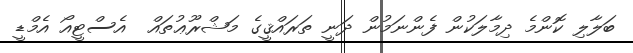
ބަލާލި ކޮންމެ ދިމާލަކުން ފެންނަމުން ދަނީ ތަރައްޤީގެ މަޝްރޫޢުތައް  އެސްޓީއޯ އެމްޑީ